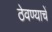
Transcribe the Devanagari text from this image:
ठेवण्याचें